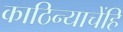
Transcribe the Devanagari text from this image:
काठिन्याचेंहि